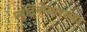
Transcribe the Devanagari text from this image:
न्युट्रिनोसारख्या